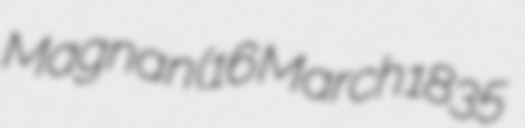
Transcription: Magnan (16 March 1835